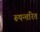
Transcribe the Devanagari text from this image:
रूपन्तरित